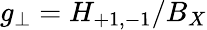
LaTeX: g_{\perp}=H_{+1,-1}/B_{X}